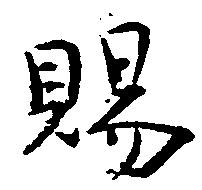
賜